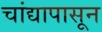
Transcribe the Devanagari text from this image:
चांद्यापासून